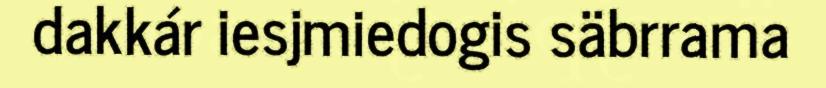
dakkár iesjmiedogis säbrrama